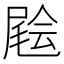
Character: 𡳃